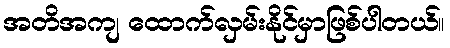
အတိအကျ ထောက်လှမ်းနိုင်မှာဖြစ်ပါတယ်။